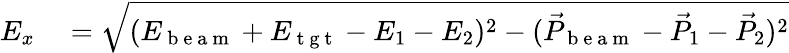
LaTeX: \begin{array}{rl}{E_{x}}&{{}=\sqrt{(E_{\mathrm{~b~e~a~m~}}+E_{\mathrm{~t~g~t~}}-E_{1}-E_{2})^{2}-(\vec{P}_{\mathrm{~b~e~a~m~}}-\vec{P}_{1}-\vec{P}_{2})^{2}}}\end{array}